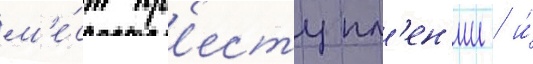
м'е́ст пр'еступл'ен'ии / и́